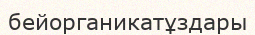
бейорганикатұздары